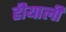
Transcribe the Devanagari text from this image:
हीयाली